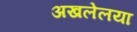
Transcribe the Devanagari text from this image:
अखलेलया